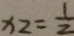
x _ { 2 } = \frac { 1 } { 2 }